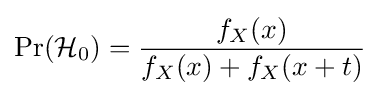
\Pr({\mathcal {H}}_{0})={\frac {f_{X}(x)}{f_{X}(x)+f_{X}(x+t)}}